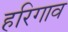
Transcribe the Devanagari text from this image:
हरिगाव